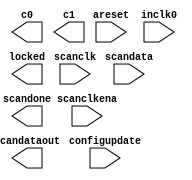
// megafunction wizard: %ALTPLL%VBB%
// GENERATION: STANDARD
// VERSION: WM1.0
// MODULE: altpll 

// ============================================================
// Megafunction Name(s):
// 			altpll
//
// Simulation Library Files(s):
// 			altera_mf
// ============================================================
// ************************************************************
// THIS IS A WIZARD-GENERATED FILE. DO NOT EDIT THIS FILE!
//
// 18.1.0 Build 625 09/12/2018 SJ Lite Edition
// ************************************************************

//Copyright (C) 2018  Intel Corporation. All rights reserved.
//Your use of Intel Corporation's design tools, logic functions 
//and other software and tools, and its AMPP partner logic 
//functions, and any output files from any of the foregoing 
//(including device programming or simulation files), and any 
//associated documentation or information are expressly subject 
//to the terms and conditions of the Intel Program License 
//Subscription Agreement, the Intel Quartus Prime License Agreement,
//the Intel FPGA IP License Agreement, or other applicable license
//agreement, including, without limitation, that your use is for
//the sole purpose of programming logic devices manufactured by
//Intel and sold by Intel or its authorized distributors.  Please
//refer to the applicable agreement for further details.

module pll (
	areset,
	configupdate,
	inclk0,
	scanclk,
	scanclkena,
	scandata,
	c0,
	c1,
	locked,
	scandataout,
	scandone);

	input	  areset;
	input	  configupdate;
	input	  inclk0;
	input	  scanclk;
	input	  scanclkena;
	input	  scandata;
	output	  c0;
	output	  c1;
	output	  locked;
	output	  scandataout;
	output	  scandone;
`ifndef ALTERA_RESERVED_QIS
// synopsys translate_off
`endif
	tri0	  areset;
	tri0	  configupdate;
	tri0	  scanclkena;
	tri0	  scandata;
`ifndef ALTERA_RESERVED_QIS
// synopsys translate_on
`endif

endmodule

// ============================================================
// CNX file retrieval info
// ============================================================
// Retrieval info: PRIVATE: ACTIVECLK_CHECK STRING "0"
// Retrieval info: PRIVATE: BANDWIDTH STRING "1.000"
// Retrieval info: PRIVATE: BANDWIDTH_FEATURE_ENABLED STRING "1"
// Retrieval info: PRIVATE: BANDWIDTH_FREQ_UNIT STRING "MHz"
// Retrieval info: PRIVATE: BANDWIDTH_PRESET STRING "Low"
// Retrieval info: PRIVATE: BANDWIDTH_USE_AUTO STRING "1"
// Retrieval info: PRIVATE: BANDWIDTH_USE_PRESET STRING "0"
// Retrieval info: PRIVATE: CLKBAD_SWITCHOVER_CHECK STRING "0"
// Retrieval info: PRIVATE: CLKLOSS_CHECK STRING "0"
// Retrieval info: PRIVATE: CLKSWITCH_CHECK STRING "0"
// Retrieval info: PRIVATE: CNX_NO_COMPENSATE_RADIO STRING "0"
// Retrieval info: PRIVATE: CREATE_CLKBAD_CHECK STRING "0"
// Retrieval info: PRIVATE: CREATE_INCLK1_CHECK STRING "0"
// Retrieval info: PRIVATE: CUR_DEDICATED_CLK STRING "c0"
// Retrieval info: PRIVATE: CUR_FBIN_CLK STRING "c0"
// Retrieval info: PRIVATE: DEVICE_SPEED_GRADE STRING "Any"
// Retrieval info: PRIVATE: DIV_FACTOR0 NUMERIC "1"
// Retrieval info: PRIVATE: DIV_FACTOR1 NUMERIC "1"
// Retrieval info: PRIVATE: DUTY_CYCLE0 STRING "50.00000000"
// Retrieval info: PRIVATE: DUTY_CYCLE1 STRING "50.00000000"
// Retrieval info: PRIVATE: EFF_OUTPUT_FREQ_VALUE0 STRING "25.200001"
// Retrieval info: PRIVATE: EFF_OUTPUT_FREQ_VALUE1 STRING "25.200001"
// Retrieval info: PRIVATE: EXPLICIT_SWITCHOVER_COUNTER STRING "0"
// Retrieval info: PRIVATE: EXT_FEEDBACK_RADIO STRING "0"
// Retrieval info: PRIVATE: GLOCKED_COUNTER_EDIT_CHANGED STRING "1"
// Retrieval info: PRIVATE: GLOCKED_FEATURE_ENABLED STRING "0"
// Retrieval info: PRIVATE: GLOCKED_MODE_CHECK STRING "0"
// Retrieval info: PRIVATE: GLOCK_COUNTER_EDIT NUMERIC "1048575"
// Retrieval info: PRIVATE: HAS_MANUAL_SWITCHOVER STRING "1"
// Retrieval info: PRIVATE: INCLK0_FREQ_EDIT STRING "27.000"
// Retrieval info: PRIVATE: INCLK0_FREQ_UNIT_COMBO STRING "MHz"
// Retrieval info: PRIVATE: INCLK1_FREQ_EDIT STRING "100.000"
// Retrieval info: PRIVATE: INCLK1_FREQ_EDIT_CHANGED STRING "1"
// Retrieval info: PRIVATE: INCLK1_FREQ_UNIT_CHANGED STRING "1"
// Retrieval info: PRIVATE: INCLK1_FREQ_UNIT_COMBO STRING "MHz"
// Retrieval info: PRIVATE: INTENDED_DEVICE_FAMILY STRING "MAX 10"
// Retrieval info: PRIVATE: INT_FEEDBACK__MODE_RADIO STRING "1"
// Retrieval info: PRIVATE: LOCKED_OUTPUT_CHECK STRING "1"
// Retrieval info: PRIVATE: LONG_SCAN_RADIO STRING "1"
// Retrieval info: PRIVATE: LVDS_MODE_DATA_RATE STRING "Not Available"
// Retrieval info: PRIVATE: LVDS_MODE_DATA_RATE_DIRTY NUMERIC "0"
// Retrieval info: PRIVATE: LVDS_PHASE_SHIFT_UNIT0 STRING "deg"
// Retrieval info: PRIVATE: LVDS_PHASE_SHIFT_UNIT1 STRING "deg"
// Retrieval info: PRIVATE: MIG_DEVICE_SPEED_GRADE STRING "Any"
// Retrieval info: PRIVATE: MIRROR_CLK0 STRING "0"
// Retrieval info: PRIVATE: MIRROR_CLK1 STRING "0"
// Retrieval info: PRIVATE: MULT_FACTOR0 NUMERIC "1"
// Retrieval info: PRIVATE: MULT_FACTOR1 NUMERIC "1"
// Retrieval info: PRIVATE: NORMAL_MODE_RADIO STRING "1"
// Retrieval info: PRIVATE: OUTPUT_FREQ0 STRING "25.20000000"
// Retrieval info: PRIVATE: OUTPUT_FREQ1 STRING "25.20000000"
// Retrieval info: PRIVATE: OUTPUT_FREQ_MODE0 STRING "1"
// Retrieval info: PRIVATE: OUTPUT_FREQ_MODE1 STRING "1"
// Retrieval info: PRIVATE: OUTPUT_FREQ_UNIT0 STRING "MHz"
// Retrieval info: PRIVATE: OUTPUT_FREQ_UNIT1 STRING "MHz"
// Retrieval info: PRIVATE: PHASE_RECONFIG_FEATURE_ENABLED STRING "1"
// Retrieval info: PRIVATE: PHASE_RECONFIG_INPUTS_CHECK STRING "0"
// Retrieval info: PRIVATE: PHASE_SHIFT0 STRING "0.00000000"
// Retrieval info: PRIVATE: PHASE_SHIFT1 STRING "0.00000000"
// Retrieval info: PRIVATE: PHASE_SHIFT_STEP_ENABLED_CHECK STRING "0"
// Retrieval info: PRIVATE: PHASE_SHIFT_UNIT0 STRING "deg"
// Retrieval info: PRIVATE: PHASE_SHIFT_UNIT1 STRING "deg"
// Retrieval info: PRIVATE: PLL_ADVANCED_PARAM_CHECK STRING "0"
// Retrieval info: PRIVATE: PLL_ARESET_CHECK STRING "1"
// Retrieval info: PRIVATE: PLL_AUTOPLL_CHECK NUMERIC "1"
// Retrieval info: PRIVATE: PLL_ENHPLL_CHECK NUMERIC "0"
// Retrieval info: PRIVATE: PLL_FASTPLL_CHECK NUMERIC "0"
// Retrieval info: PRIVATE: PLL_FBMIMIC_CHECK STRING "0"
// Retrieval info: PRIVATE: PLL_LVDS_PLL_CHECK NUMERIC "0"
// Retrieval info: PRIVATE: PLL_PFDENA_CHECK STRING "0"
// Retrieval info: PRIVATE: PLL_TARGET_HARCOPY_CHECK NUMERIC "0"
// Retrieval info: PRIVATE: PRIMARY_CLK_COMBO STRING "inclk0"
// Retrieval info: PRIVATE: RECONFIG_FILE STRING "pll.mif"
// Retrieval info: PRIVATE: SACN_INPUTS_CHECK STRING "1"
// Retrieval info: PRIVATE: SCAN_FEATURE_ENABLED STRING "1"
// Retrieval info: PRIVATE: SELF_RESET_LOCK_LOSS STRING "0"
// Retrieval info: PRIVATE: SHORT_SCAN_RADIO STRING "0"
// Retrieval info: PRIVATE: SPREAD_FEATURE_ENABLED STRING "0"
// Retrieval info: PRIVATE: SPREAD_FREQ STRING "50.000"
// Retrieval info: PRIVATE: SPREAD_FREQ_UNIT STRING "KHz"
// Retrieval info: PRIVATE: SPREAD_PERCENT STRING "0.500"
// Retrieval info: PRIVATE: SPREAD_USE STRING "0"
// Retrieval info: PRIVATE: SRC_SYNCH_COMP_RADIO STRING "0"
// Retrieval info: PRIVATE: STICKY_CLK0 STRING "1"
// Retrieval info: PRIVATE: STICKY_CLK1 STRING "1"
// Retrieval info: PRIVATE: STICKY_CLK2 STRING "0"
// Retrieval info: PRIVATE: STICKY_CLK3 STRING "0"
// Retrieval info: PRIVATE: STICKY_CLK4 STRING "0"
// Retrieval info: PRIVATE: SWITCHOVER_COUNT_EDIT NUMERIC "1"
// Retrieval info: PRIVATE: SWITCHOVER_FEATURE_ENABLED STRING "1"
// Retrieval info: PRIVATE: SYNTH_WRAPPER_GEN_POSTFIX STRING "0"
// Retrieval info: PRIVATE: USE_CLK0 STRING "1"
// Retrieval info: PRIVATE: USE_CLK1 STRING "1"
// Retrieval info: PRIVATE: USE_CLKENA0 STRING "0"
// Retrieval info: PRIVATE: USE_CLKENA1 STRING "0"
// Retrieval info: PRIVATE: USE_MIL_SPEED_GRADE NUMERIC "0"
// Retrieval info: PRIVATE: ZERO_DELAY_RADIO STRING "0"
// Retrieval info: LIBRARY: altera_mf altera_mf.altera_mf_components.all
// Retrieval info: CONSTANT: BANDWIDTH_TYPE STRING "AUTO"
// Retrieval info: CONSTANT: CLK0_DIVIDE_BY NUMERIC "15"
// Retrieval info: CONSTANT: CLK0_DUTY_CYCLE NUMERIC "50"
// Retrieval info: CONSTANT: CLK0_MULTIPLY_BY NUMERIC "14"
// Retrieval info: CONSTANT: CLK0_PHASE_SHIFT STRING "0"
// Retrieval info: CONSTANT: CLK1_DIVIDE_BY NUMERIC "15"
// Retrieval info: CONSTANT: CLK1_DUTY_CYCLE NUMERIC "50"
// Retrieval info: CONSTANT: CLK1_MULTIPLY_BY NUMERIC "14"
// Retrieval info: CONSTANT: CLK1_PHASE_SHIFT STRING "0"
// Retrieval info: CONSTANT: COMPENSATE_CLOCK STRING "CLK0"
// Retrieval info: CONSTANT: INCLK0_INPUT_FREQUENCY NUMERIC "37037"
// Retrieval info: CONSTANT: INTENDED_DEVICE_FAMILY STRING "MAX 10"
// Retrieval info: CONSTANT: LPM_TYPE STRING "altpll"
// Retrieval info: CONSTANT: OPERATION_MODE STRING "NORMAL"
// Retrieval info: CONSTANT: PLL_TYPE STRING "AUTO"
// Retrieval info: CONSTANT: PORT_ACTIVECLOCK STRING "PORT_UNUSED"
// Retrieval info: CONSTANT: PORT_ARESET STRING "PORT_USED"
// Retrieval info: CONSTANT: PORT_CLKBAD0 STRING "PORT_UNUSED"
// Retrieval info: CONSTANT: PORT_CLKBAD1 STRING "PORT_UNUSED"
// Retrieval info: CONSTANT: PORT_CLKLOSS STRING "PORT_UNUSED"
// Retrieval info: CONSTANT: PORT_CLKSWITCH STRING "PORT_UNUSED"
// Retrieval info: CONSTANT: PORT_CONFIGUPDATE STRING "PORT_USED"
// Retrieval info: CONSTANT: PORT_FBIN STRING "PORT_UNUSED"
// Retrieval info: CONSTANT: PORT_INCLK0 STRING "PORT_USED"
// Retrieval info: CONSTANT: PORT_INCLK1 STRING "PORT_UNUSED"
// Retrieval info: CONSTANT: PORT_LOCKED STRING "PORT_USED"
// Retrieval info: CONSTANT: PORT_PFDENA STRING "PORT_UNUSED"
// Retrieval info: CONSTANT: PORT_PHASECOUNTERSELECT STRING "PORT_UNUSED"
// Retrieval info: CONSTANT: PORT_PHASEDONE STRING "PORT_UNUSED"
// Retrieval info: CONSTANT: PORT_PHASESTEP STRING "PORT_UNUSED"
// Retrieval info: CONSTANT: PORT_PHASEUPDOWN STRING "PORT_UNUSED"
// Retrieval info: CONSTANT: PORT_PLLENA STRING "PORT_UNUSED"
// Retrieval info: CONSTANT: PORT_SCANACLR STRING "PORT_UNUSED"
// Retrieval info: CONSTANT: PORT_SCANCLK STRING "PORT_USED"
// Retrieval info: CONSTANT: PORT_SCANCLKENA STRING "PORT_USED"
// Retrieval info: CONSTANT: PORT_SCANDATA STRING "PORT_USED"
// Retrieval info: CONSTANT: PORT_SCANDATAOUT STRING "PORT_USED"
// Retrieval info: CONSTANT: PORT_SCANDONE STRING "PORT_USED"
// Retrieval info: CONSTANT: PORT_SCANREAD STRING "PORT_UNUSED"
// Retrieval info: CONSTANT: PORT_SCANWRITE STRING "PORT_UNUSED"
// Retrieval info: CONSTANT: PORT_clk0 STRING "PORT_USED"
// Retrieval info: CONSTANT: PORT_clk1 STRING "PORT_USED"
// Retrieval info: CONSTANT: PORT_clk2 STRING "PORT_UNUSED"
// Retrieval info: CONSTANT: PORT_clk3 STRING "PORT_UNUSED"
// Retrieval info: CONSTANT: PORT_clk4 STRING "PORT_UNUSED"
// Retrieval info: CONSTANT: PORT_clk5 STRING "PORT_UNUSED"
// Retrieval info: CONSTANT: PORT_clkena0 STRING "PORT_UNUSED"
// Retrieval info: CONSTANT: PORT_clkena1 STRING "PORT_UNUSED"
// Retrieval info: CONSTANT: PORT_clkena2 STRING "PORT_UNUSED"
// Retrieval info: CONSTANT: PORT_clkena3 STRING "PORT_UNUSED"
// Retrieval info: CONSTANT: PORT_clkena4 STRING "PORT_UNUSED"
// Retrieval info: CONSTANT: PORT_clkena5 STRING "PORT_UNUSED"
// Retrieval info: CONSTANT: PORT_extclk0 STRING "PORT_UNUSED"
// Retrieval info: CONSTANT: PORT_extclk1 STRING "PORT_UNUSED"
// Retrieval info: CONSTANT: PORT_extclk2 STRING "PORT_UNUSED"
// Retrieval info: CONSTANT: PORT_extclk3 STRING "PORT_UNUSED"
// Retrieval info: CONSTANT: SELF_RESET_ON_LOSS_LOCK STRING "OFF"
// Retrieval info: CONSTANT: WIDTH_CLOCK NUMERIC "5"
// Retrieval info: CONSTANT: scan_chain_mif_file STRING "pll.mif"
// Retrieval info: USED_PORT: @clk 0 0 5 0 OUTPUT_CLK_EXT VCC "@clk[4..0]"
// Retrieval info: USED_PORT: areset 0 0 0 0 INPUT GND "areset"
// Retrieval info: USED_PORT: c0 0 0 0 0 OUTPUT_CLK_EXT VCC "c0"
// Retrieval info: USED_PORT: c1 0 0 0 0 OUTPUT_CLK_EXT VCC "c1"
// Retrieval info: USED_PORT: configupdate 0 0 0 0 INPUT GND "configupdate"
// Retrieval info: USED_PORT: inclk0 0 0 0 0 INPUT_CLK_EXT GND "inclk0"
// Retrieval info: USED_PORT: locked 0 0 0 0 OUTPUT GND "locked"
// Retrieval info: USED_PORT: scanclk 0 0 0 0 INPUT_CLK_EXT VCC "scanclk"
// Retrieval info: USED_PORT: scanclkena 0 0 0 0 INPUT GND "scanclkena"
// Retrieval info: USED_PORT: scandata 0 0 0 0 INPUT GND "scandata"
// Retrieval info: USED_PORT: scandataout 0 0 0 0 OUTPUT VCC "scandataout"
// Retrieval info: USED_PORT: scandone 0 0 0 0 OUTPUT VCC "scandone"
// Retrieval info: CONNECT: @areset 0 0 0 0 areset 0 0 0 0
// Retrieval info: CONNECT: @configupdate 0 0 0 0 configupdate 0 0 0 0
// Retrieval info: CONNECT: @inclk 0 0 1 1 GND 0 0 0 0
// Retrieval info: CONNECT: @inclk 0 0 1 0 inclk0 0 0 0 0
// Retrieval info: CONNECT: @scanclk 0 0 0 0 scanclk 0 0 0 0
// Retrieval info: CONNECT: @scanclkena 0 0 0 0 scanclkena 0 0 0 0
// Retrieval info: CONNECT: @scandata 0 0 0 0 scandata 0 0 0 0
// Retrieval info: CONNECT: c0 0 0 0 0 @clk 0 0 1 0
// Retrieval info: CONNECT: c1 0 0 0 0 @clk 0 0 1 1
// Retrieval info: CONNECT: locked 0 0 0 0 @locked 0 0 0 0
// Retrieval info: CONNECT: scandataout 0 0 0 0 @scandataout 0 0 0 0
// Retrieval info: CONNECT: scandone 0 0 0 0 @scandone 0 0 0 0
// Retrieval info: GEN_FILE: TYPE_NORMAL pll.v TRUE
// Retrieval info: GEN_FILE: TYPE_NORMAL pll.ppf TRUE
// Retrieval info: GEN_FILE: TYPE_NORMAL pll.inc FALSE
// Retrieval info: GEN_FILE: TYPE_NORMAL pll.cmp FALSE
// Retrieval info: GEN_FILE: TYPE_NORMAL pll.bsf FALSE
// Retrieval info: GEN_FILE: TYPE_NORMAL pll_inst.v FALSE
// Retrieval info: GEN_FILE: TYPE_NORMAL pll_bb.v TRUE
// Retrieval info: GEN_FILE: TYPE_NORMAL pll.mif TRUE
// Retrieval info: LIB_FILE: altera_mf
// Retrieval info: CBX_MODULE_PREFIX: ON